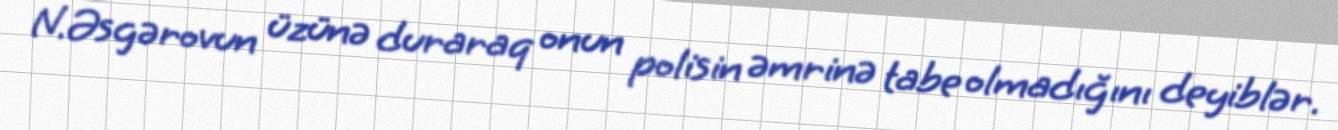
N.Əsgərovun üzünə duraraq onun polisin əmrinə tabe olmadığını deyiblər.